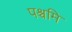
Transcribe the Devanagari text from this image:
पश्चमि